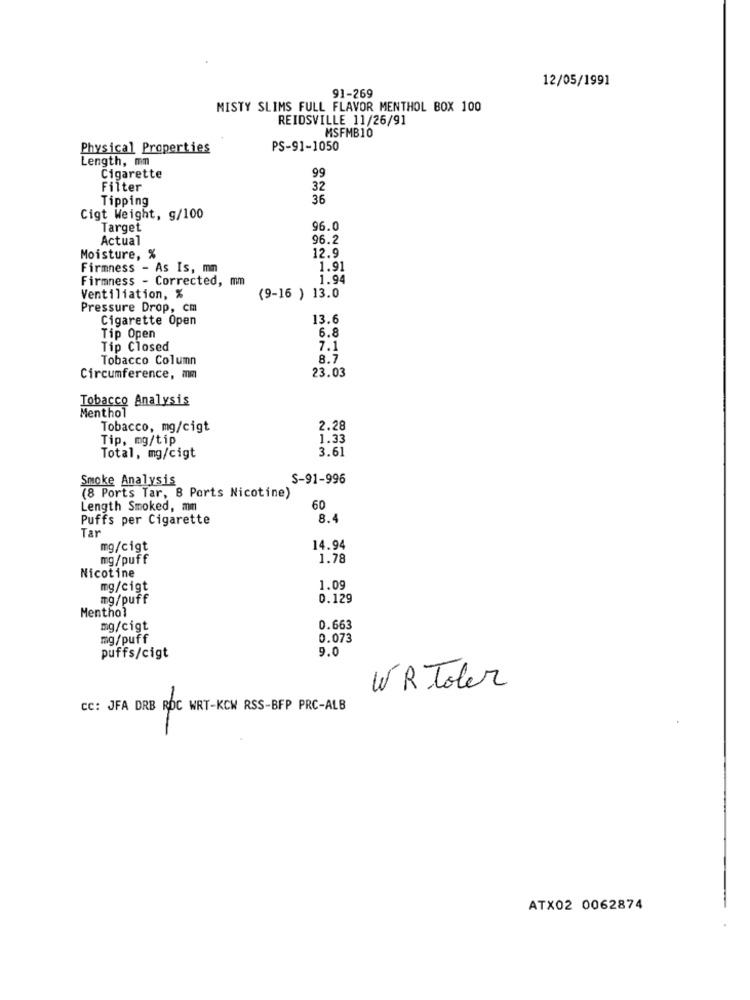
12/05/1991
91-269
MISTY SLIMS FULL FLAVOR MENTHOL BOX 100
REIDSVILLE 11/26/91
MSFMB10
Physical Properties
PS-91-1050
Length, mm
Cigarette
99
Filter
32
Tipping
36
Cigt Weight, g/100
Target
96.0
Actual
96.2
12.9
Moisture, %
Firmness - As Is, mm
1.91
Firmness - Corrected, mm
1.94
Ventiliation, %
(9-16 ) 13.0
Pressure Drop, cm
Cigarette Open
13.6
6.8
Tip Open
Tip Closed
7.1
Tobacco Column
8.7
23.03
Circumference, mm
Tobacco Analysis
Menthol
Tobacco, mg/cigt
2.28
Tip, mg/tip
1.33
3.61
Total, mg/cigt
Smoke Analysis
S-91-996
(8 Ports Tar, 8 Ports Nicotine)
Length Smoked, mm
60
Puffs per Cigarette
8.4
Tar
mg/cigt
14.94
mg/puff
1.78
Nicotine
mg/cigt
1.09
mg/puff
0.129
Menthol
mg/cigt
0.663
mg/puff
0.073
9.0
puffs/cigt
WR Toler
CC: JFA DRB RDC WRT-KCW RSS-BFP PRC-ALB
ATX02 0062874